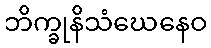
ဘိက္ခုနိသံဃေနေဝ